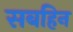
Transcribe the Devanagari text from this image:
सबहिन